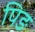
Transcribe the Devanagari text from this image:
पिङ